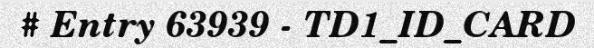
# Entry 63939 - TD1_ID_CARD